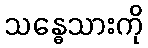
သန္ဓေသားကို